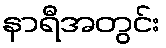
နာရီအတွင်း